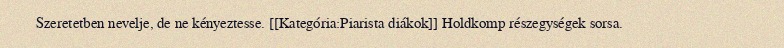
Szeretetben nevelje, de ne kényeztesse. [[Kategória:Piarista diákok]] Holdkomp részegységek sorsa.